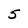
Character: 5